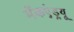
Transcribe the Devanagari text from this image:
मॅकएंड्र्यू